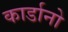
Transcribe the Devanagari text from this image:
कार्डानो